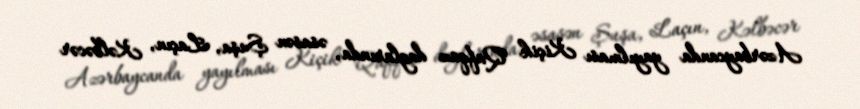
Azərbaycanda yayılması Kiçik Qafqaz daglarında, əsasən Şuşa, Laçın, Kəlbəcər